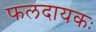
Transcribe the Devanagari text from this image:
फलदायकः